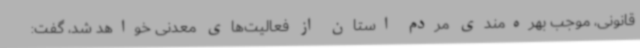
قانونی، موجب بهره‌مندی مردم استان از فعالیت‌های معدنی خواهد شد، گفت: